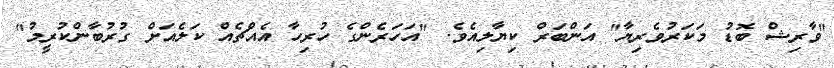
"ވާރިޝް ބޮޑު މަކަރުވެރިޔާ" އަންބަރް ކިޔާލިއެވެ. "އަހަރެންގެ ހުރިހާ އެއްޗެއް ކަލެއަށް ގުރުބާންކުރީމު"